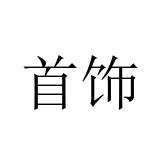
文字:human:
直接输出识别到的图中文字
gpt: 首饰